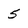
Character: 5